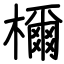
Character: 檷